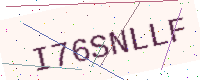
Text: I76SNLLF